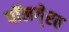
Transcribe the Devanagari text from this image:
पॉलगे्रव